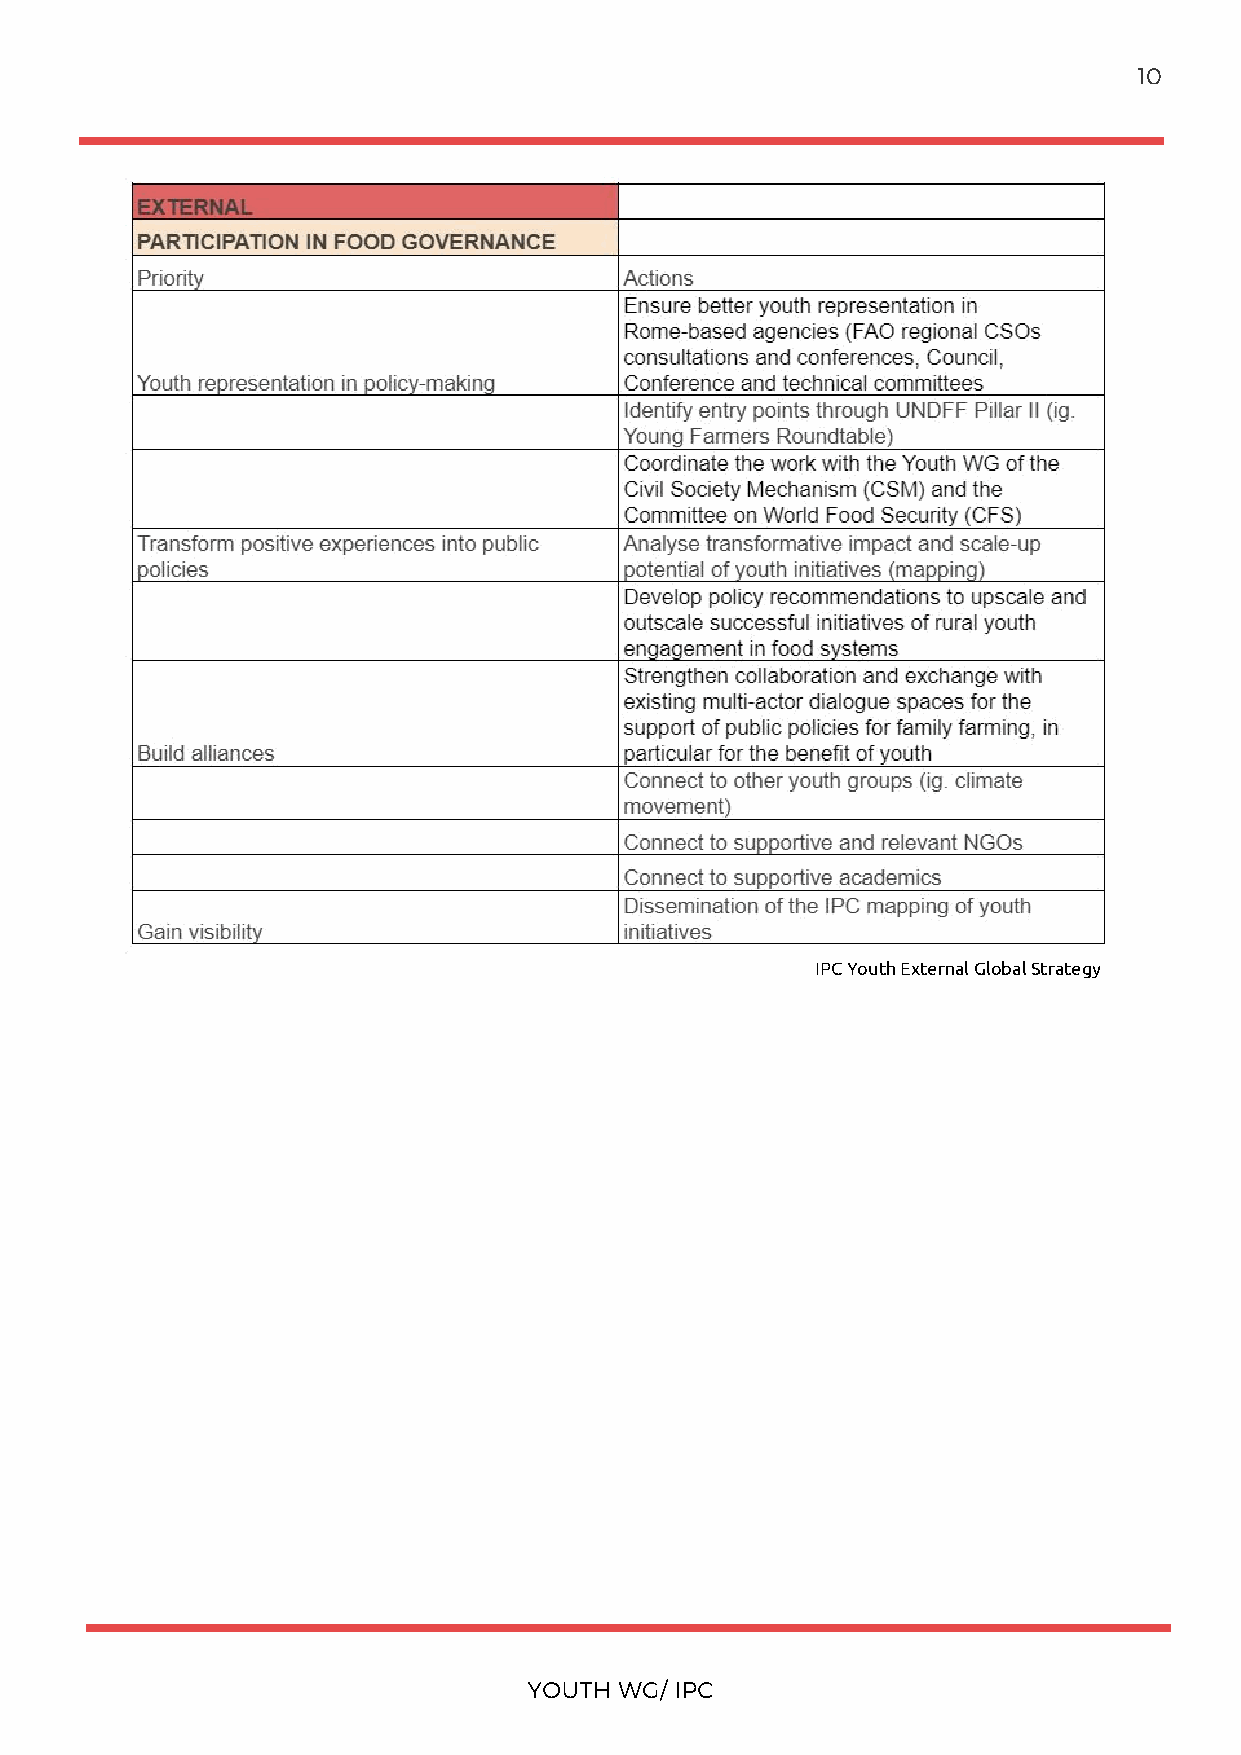
10
 IPC Youth External Global Strategy
 GIACOMO     LORENZI     GIANNA    GIANNOTTI
 YOUTH WG/ IPC